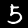
Label: 5